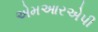
એમઆરએપી